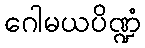
ဂေါမယပိဏ္ဍံ